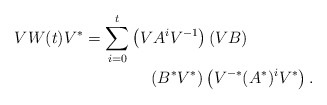
\begin{align*} V W(t) V^{*} & = \sum_{i=0}^{t} \left( V A^i V^{-1} \right) \left(V B \right) \\ &~~~~~~~~~~~~ \left( B^* V^{*} \right) \left( V^{-*} (A^*)^i V^* \right). \end{align*}